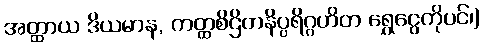
အတ္ထာယ ဒိယမာန, ကတ္ထစိဌိတနိပ္ပရိဂ္ဂဟိတ ရွှေငွေကိုပင်၊)